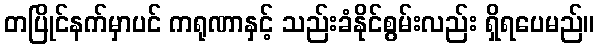
တပြိုင်နက်မှာပင် ကရုဏာနှင့် သည်းခံနိုင်စွမ်းလည်း ရှိရပေမည်။